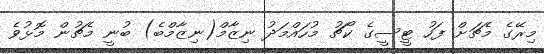
މިރޭގެ މެޗަށް ފަހު ޓީސީގެ ކޯޗު މުހައްމަދު ނިޒާމް(ނިޒާމްބެ) ބުނީ މެޗުން މޮޅުވެ